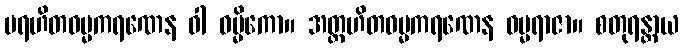
ပရဟိတဓမ္မကရဏေန ဝါ ဓမ္မိကော။ အတ္တဟိတဓမ္မကရဏေန ဓမ္မရာဇာ။ စတုရန္တာယ